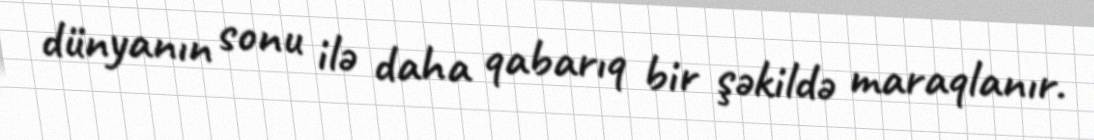
dünyanın sonu ilə daha qabarıq bir şəkildə maraqlanır.